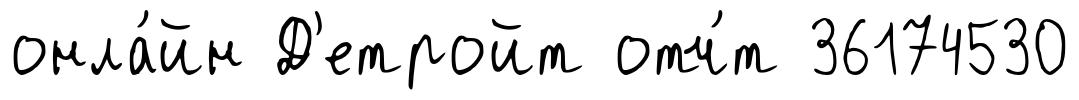
онла́йн Д'етройт отч́т 36174530